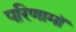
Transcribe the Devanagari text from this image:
परिणामॉ